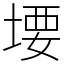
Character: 㙘